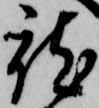
就